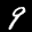
Label: 9